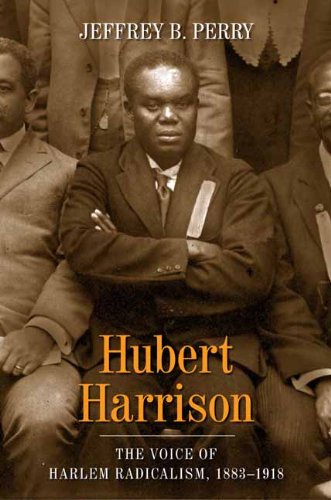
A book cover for Hubert Harrison: The Voice of Harlem Radicalism, 1883-1918 (vol. 1); Jeffrey B. Perry; Biographies & Memoirs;